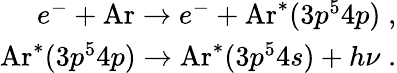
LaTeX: \begin{array}{r}{e^{-}+\mathrm{Ar}\rightarrow e^{-}+\mathrm{Ar}^{\ast}(3p^{5}4p)\; ,}\\ {\mathrm{Ar}^{*}(3p^{5}4p)\rightarrow\mathrm{Ar}^{*}(3p^{5}4s)+h\nu\; .}\end{array}